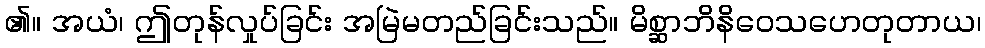
၏။ အယံ၊ ဤတုန်လှုပ်ခြင်း အမြဲမတည်ခြင်းသည်။ မိစ္ဆာဘိနိဝေသဟေတုတာယ၊